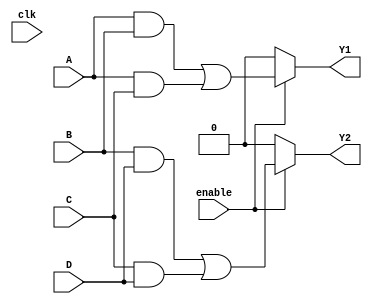
module CLB (
    input wire A,          // Input signal A
    input wire B,          // Input signal B
    input wire C,          // Input signal C
    input wire D,          // Input signal D
    input wire clk,        // Clock signal (for timing and control)
    input wire enable,     // Enable signal for the logic operation
    output wire Y1,        // Output signal Y1
    output wire Y2         // Output signal Y2
);

// Internal signals for the AND array and the OR array
wire [3:0] and_terms;     // Product terms generated by the AND array
wire or_output_Y1;        // Intermediate output for Y1
wire or_output_Y2;        // Intermediate output for Y2

// Programmable AND array: Generate product terms
// Example configuration (can be modified based on required configuration)
assign and_terms[0] = A & B;     // A AND B
assign and_terms[1] = A & C;     // A AND C
assign and_terms[2] = B & D;     // B AND D
assign and_terms[3] = C & D;     // C AND D

// Programmable OR array: Combine product terms to form outputs Y1 and Y2
// Example logic (can be modified based on required logic functions)
assign or_output_Y1 = enable ? (and_terms[0] | and_terms[1]) : 1'b0; // Y1 = (A AND B) OR (A AND C)
assign or_output_Y2 = enable ? (and_terms[2] | and_terms[3]) : 1'b0; // Y2 = (B AND D) OR (C AND D)

// Final output assignments
assign Y1 = or_output_Y1; 
assign Y2 = or_output_Y2;

endmodule